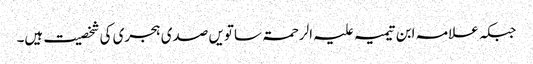
جبکہ علامہ ابن تیمیہ علیہ الرحمۃ ساتویں صدی ہجری کی شخصیت ہیں۔